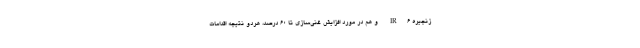
زنجیره IR6 و هم در مورد افزایش غنی‌سازی تا ۶۰ درصد، هردو نتیجه اقدامات